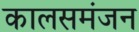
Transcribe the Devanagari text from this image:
कालसमंजन